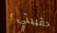
حقيبتي